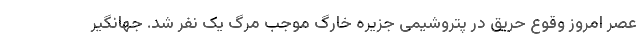
عصر امروز وقوع حریق در پتروشیمی جزیره خارگ موجب مرگ یک نفر شد. جهانگیر